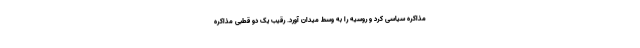
مذاکره سیاسی کرد و روسیه را به وسط میدان آورد. رقیب یک دو قطبی مذاکره